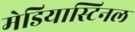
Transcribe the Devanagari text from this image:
मेडियास्टिनल